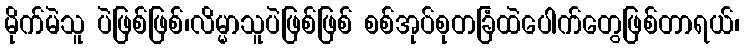
မိုက်မဲသူ ပဲဖြစ်ဖြစ်၊လိမ္မာသူပဲဖြစ်ဖြစ် စစ်အုပ်စုတခြံထဲပေါက်တွေဖြစ်တာရယ်၊